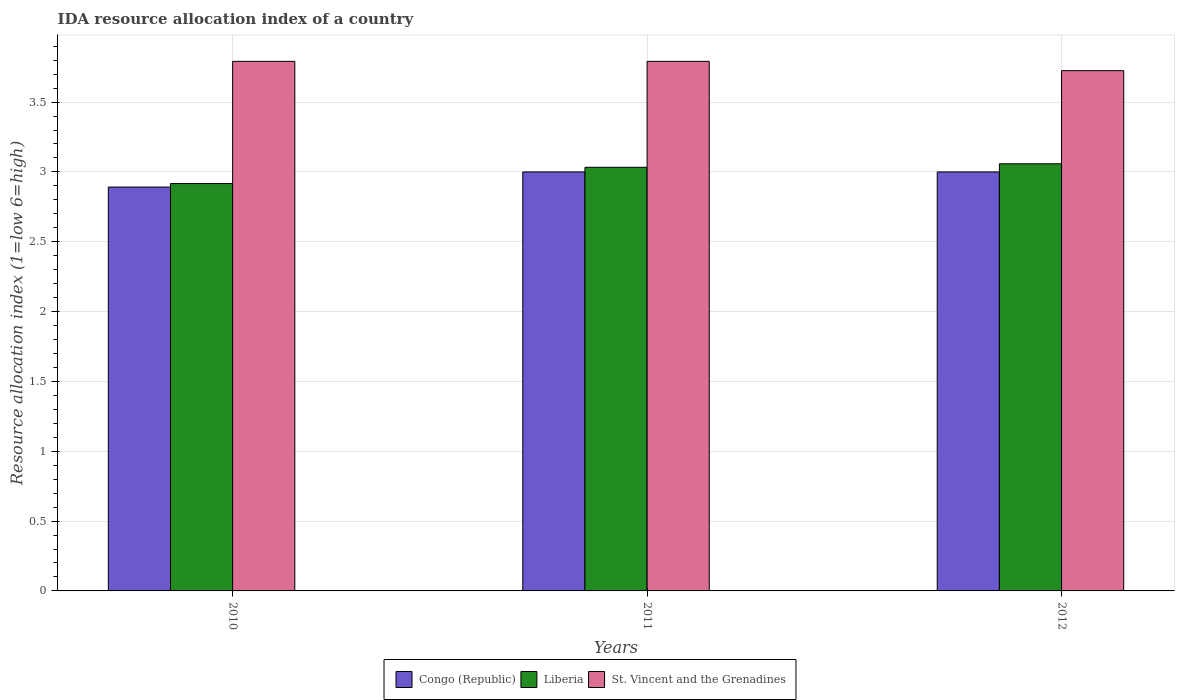
| Years | Congo (Republic) | Liberia | St. Vincent and the Grenadines |
 | --- | --- | --- | --- |
 | 2010 | 2.89 | 2.92 | 3.79 |
 | 2011 | 3 | 3.03 | 3.79 |
 | 2012 | 3 | 3.06 | 3.73 |